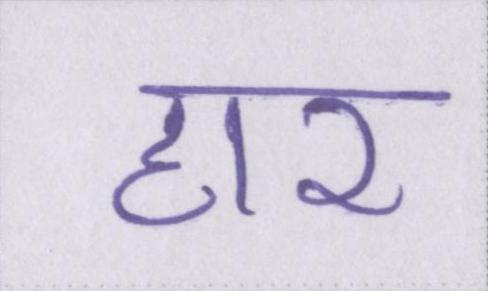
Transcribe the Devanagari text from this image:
हार